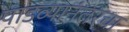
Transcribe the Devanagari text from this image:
पाडव्यानंतरचा